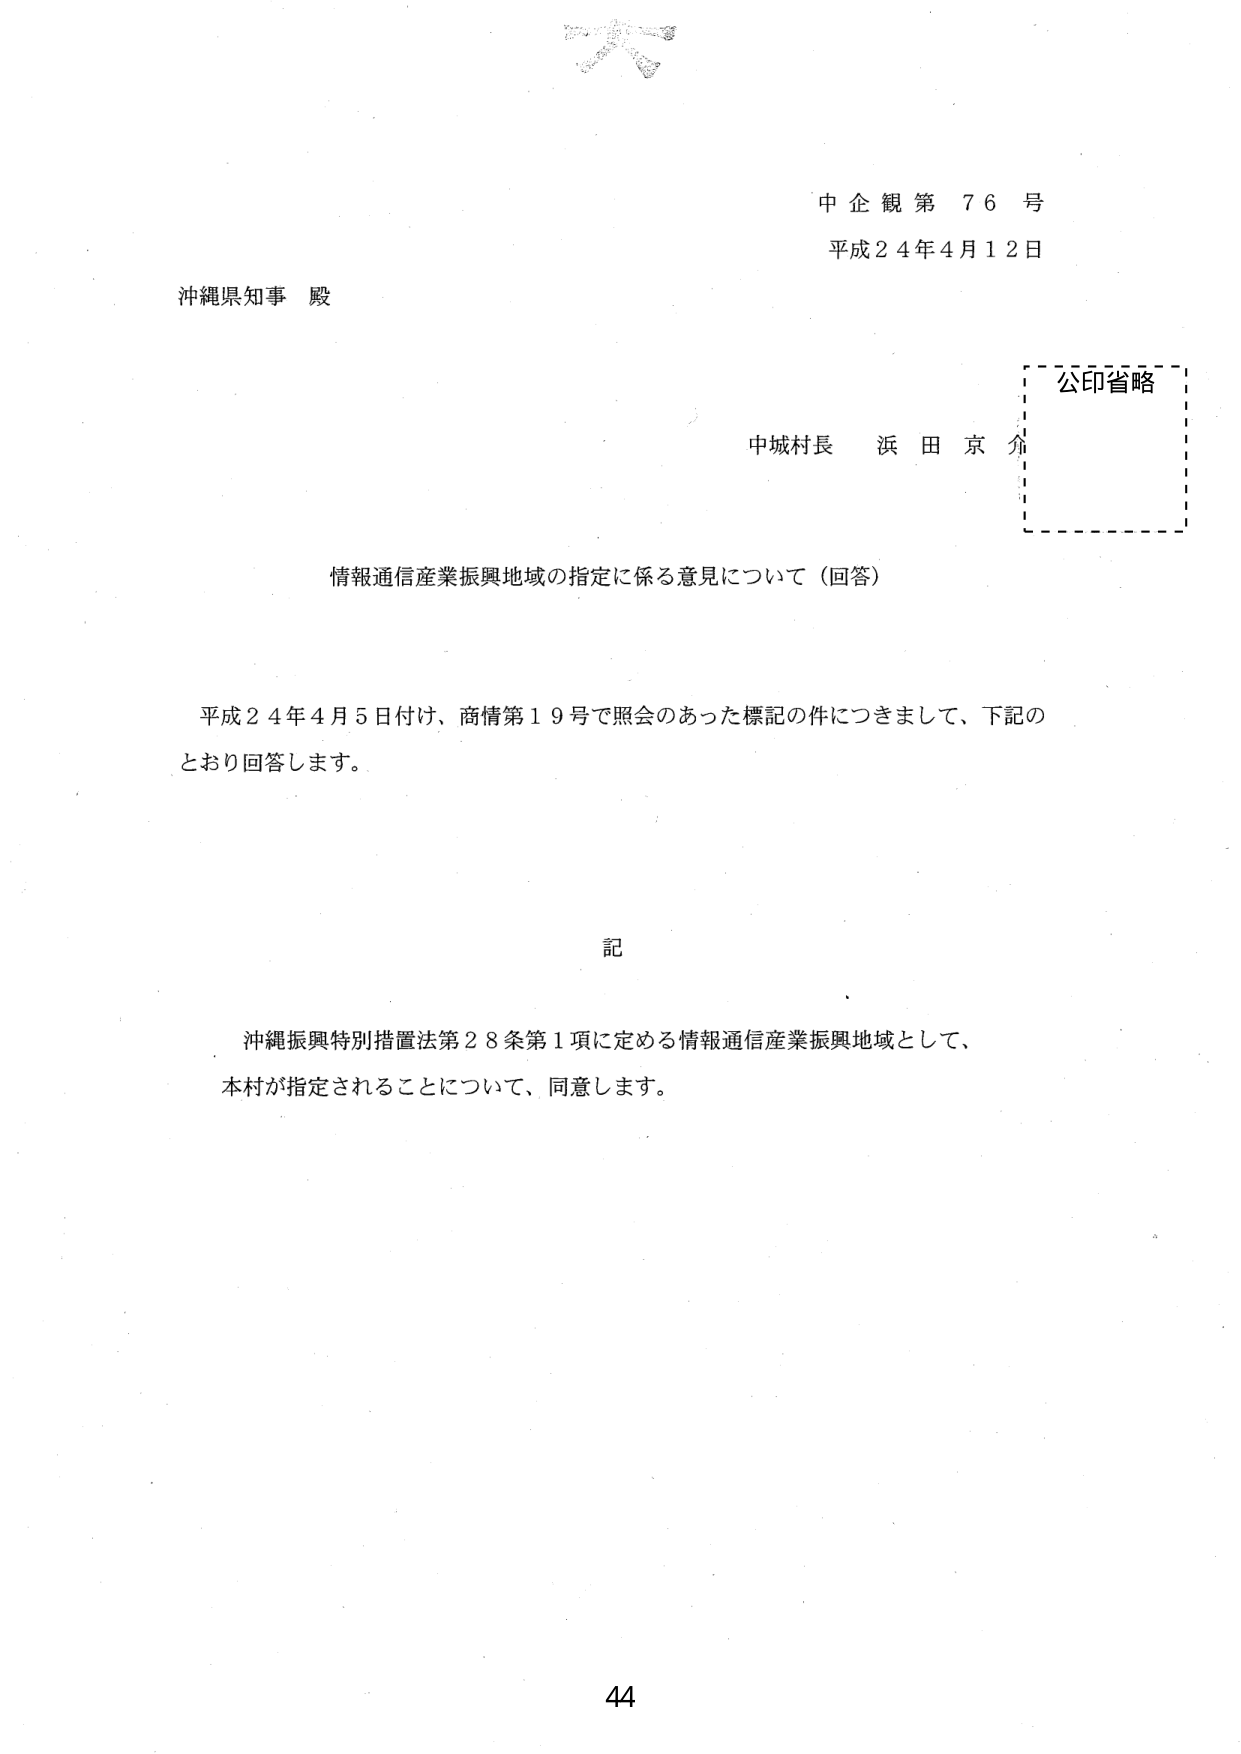
中企観第 76 号
平成24年4月12日

沖縄県知事 殿

中城村長 浜田京介
公印省略

情報通信産業振興地域の指定に係る意見について（回答）

平成24年4月5日付、商情第19号で照会のあった標記の件につきまして、下記の
とおり回答します。

記

沖縄振興特別措置法第28条第1項に定める情報通信産業振興地域として、
本村が指定されることについて、同意します。

44